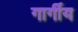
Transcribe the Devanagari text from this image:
गार्गीय